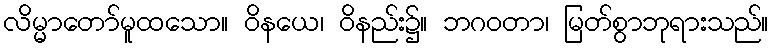
လိမ္မာတော်မူထသော။ ဝိနယေ၊ ဝိနည်း၌။ ဘဂဝတာ၊ မြတ်စွာဘုရားသည်။